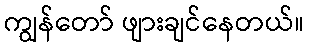
ကျွန်တော် ဖျားချင်နေတယ်။